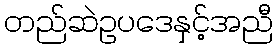
တည်ဆဲဥပဒေနှင့်အညီ